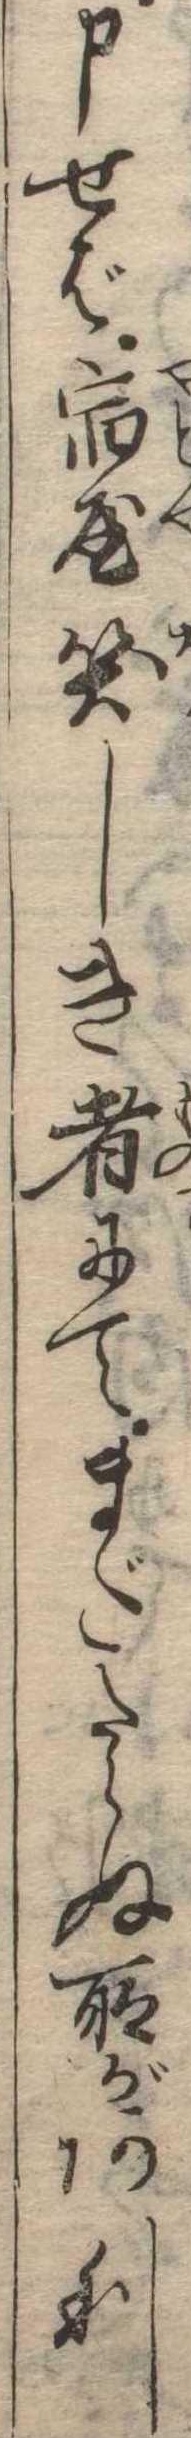
申せば宿屋笑しき者にてまだたらぬ所があり